Subject: math
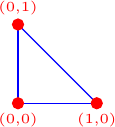
LaTeX code:
\begin{tikzpicture}

\draw[blue] (0,0) -- (1,0);
\draw[blue] (1,0) -- (0,1);
\draw[blue] (0,0) -- (0,1);

\filldraw[red] (0,0) circle (2pt) node[anchor=north] {\tiny (0,0)};
\filldraw[red] (1,0) circle (2pt) node[anchor=north] {\tiny (1,0)};
\filldraw[red] (0,1) circle (2pt) node[anchor=south] {\tiny (0,1)};

\end{tikzpicture}